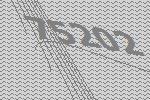
75202